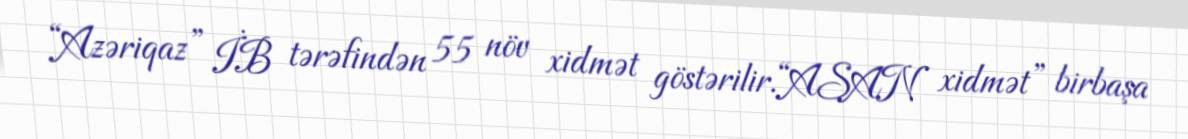
“Azəriqaz” İB tərəfindən 55 növ xidmət göstərilir.“ASAN xidmət” birbaşa